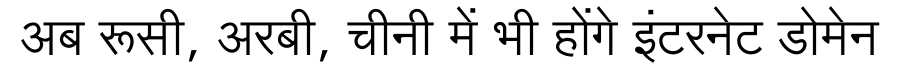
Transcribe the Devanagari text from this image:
अब रूसी, अरबी, चीनी में भी होंगे इंटरनेट डोमेन